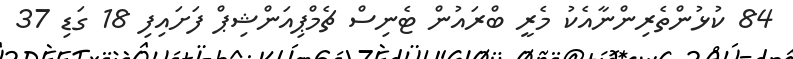
84 ކުޅުންތެރިންނާއެކު މެރީ ބްރައުން ޓެނިސް ޗެމްޕިއަންޝިޕް ފަށައިފި 18 ގަޑި 37